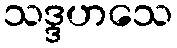
သဒ္ဒဟသေ